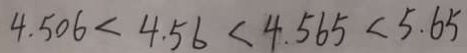
4 . 5 0 6 < 4 . 5 6 < 4 . 5 6 < 5 . 6 5